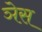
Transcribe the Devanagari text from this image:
ञेस